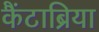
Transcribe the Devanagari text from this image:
कैंटाब्रिया